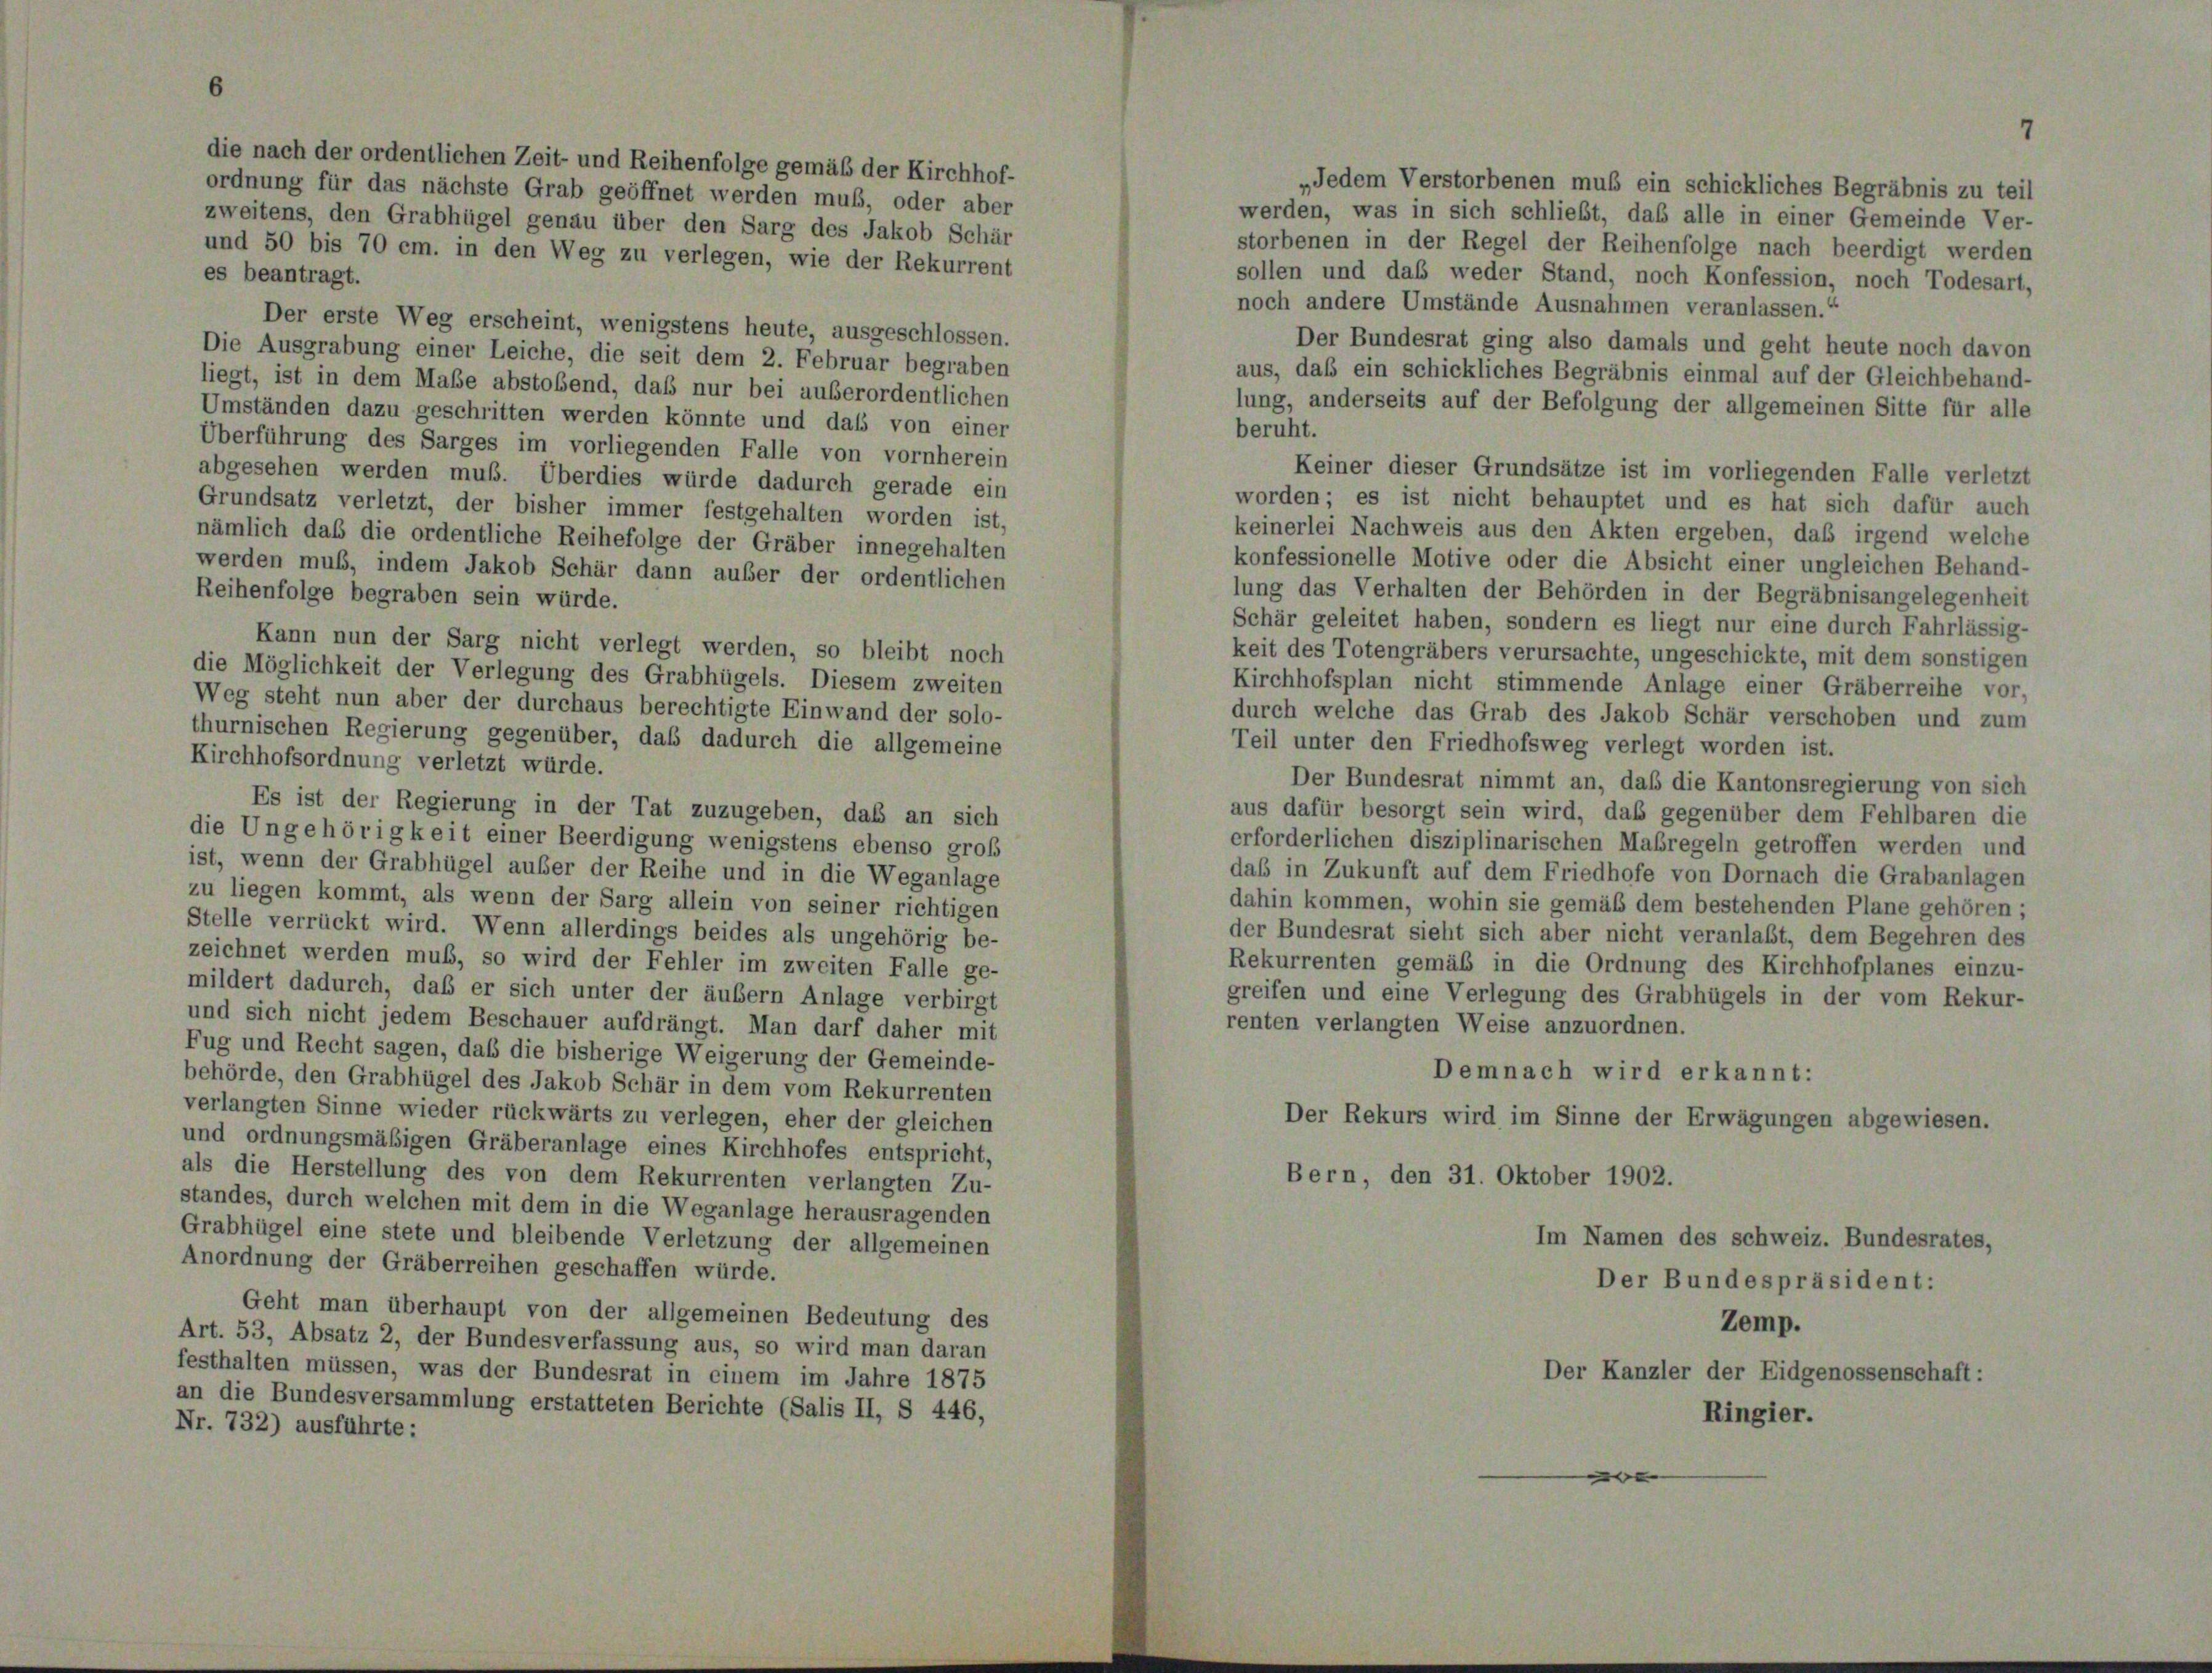
die nach der ordentlichen Zeit- und Reihenfolge gemäß der Kirchhof-
„Jedem Verstorbenen muß ein schickliches Begräbnis zu teil
ordnung für das nächste Grab geöffnet werden muß, oder aber
werden, was in sich schließt, das alle in einer Gemeinde Ver-
zweitens, den Grabhügel genau über den Sarg des Jakob Schär
storbenen in der Regel der Reihenfolge nach beerdigt werden
und 50 bis 70 cm. in den Weg zu verlegen, wie der Rekurrent
es beantragt.
sollen und daß weder Stand, noch Konfession, noch Todesart,
noch andere Umstände Ausnahmen veranlassen.“
Der erste Weg erscheint, wenigstens heute, ausgeschlossen.
Der Bundesrat ging also damals und geht heute noch davon
Die Ausgrabung einer Leiche, die seit dem 2. Februar begraben
aus, daß ein schickliches Begräbnis einmal auf der Gleichbehand-
liegt, ist in dem Maße abstobend, daß nur bei außerordentlichen
lung, anderseits auf der Befolgung der allgemeinen Sitte für alle
Umständen dazu geschritten werden könnte und daß von einer
beruht.
Überführung des Sarges im vorliegenden Falle von vornherein
Keiner dieser Grundsätze ist im vorliegenden Falle verletzt
abgesehen werden muß. Überdies würde dadurch gerade ein
worden; es ist nicht behauptet und es hat sich dafür auch
Grundsatz verletzt, der bisher immer festgehalten worden ist,
keinerlei Nachweis aus den Akten ergeben, daß irgend welche
nämlich das die ordentliche Reihefolge der Gräber innegehalten
konfessionelle Motive oder die Absicht einer ungleichen Behand-
werden muß, indem Jakob Schär dann außer der ordentlichen
lung das Verhalten der Behörden in der Begräbnisangelegenheit
Reihenfolge begraben sein würde.
Schär geleitet haben, sondern es liegt nur eine durch Fahrlässig-
Kann nun der Sarg nicht verlegt werden, so bleibt noch
keit des Totengräbers verursachte, ungeschickte, mit dem sonstigen
die Möglichkeit der Verlegung des Grabhügels. Diesem zweiten
Kirchhofsplan nicht stimmende Anlage einer Gräberreihe vor,
Weg steht nun aber der durchaus berechtigte Einwand der solo-
durch welche das Grab des Jakob Schär verschoben und zum
thurnischen Regierung gegenüber, daß dadurch die allgemeine
Teil unter den Friedhofsweg verlegt worden ist.
Kirchhofsordnung verletzt würde.
Der Bundesrat nimmt an, daß die Kantonsregierung von sich
Es ist der Regierung in der Tat zuzugeben, daß an sich
aus dafür besorgt sein wird, das gegenüber dem Fehlbaren die
die Ungehörigkeit einer Beerdigung wenigstens ebenso groß
erforderlichen disziplinarischen Maßregeln getroffen werden und
ist, wenn der Grabhügel außer der Reihe und in die Weganlage
das in Zukunft auf dem Friedhofe von Dornach die Grabanlagen
zu liegen kommt, als wenn der Sarg allein von seiner richtigen
dahin kommen, wohin sie gemäß dem bestehenden Plane gehören;
Stelle verrückt wird. Wenn allerdings beides als ungehörig be-
der Bundesrat sieht sich aber nicht veranlaßt, dem Begehren des
zeichnet werden muß, so wird der Fehler im zweiten Falle ge-
Rekurrenten gemäß in die Ordnung des Kirchhofplanes einzu-
mildert dadurch, daß er sich unter der äußern Anlage verbirgt
greifen und eine Verlegung des Grabhügels in der vom Rekur-
und sich nicht jedem Beschauer aufdrängt. Man darf daher mit
renten verlangten Weise anzuordnen.
Fug und Recht sagen, daß die bisherige Weigerung der Gemeinde-
Demnach wird erkannt:
behörde, den Grabhügel des Jakob Schär in dem vom Rekurrenten
verlangten Sinne wieder rückwärts zu verlegen, eher der gleichen
Der Rekurs wird im Sinne der Erwägungen abgewiesen.
und ordnungsmäßigen Gräberanlage eines Kirchhofes entspricht,
als die Herstellung des von dem Rekurrenten verlangten Zu-
Bern, den 31. Oktober 1902.
standes, durch welchen mit dem in die Weganlage herausragenden
Grabhügel eine stete und bleibende Verletzung der allgemeinen
Im Namen des schweiz. Bundesrates,
Anordnung der Gräberreihen geschaffen würde.
Der Bundespräsident:
Geht man überhaupt von der allgemeinen Bedeutung des
Zemp.
Art. 53, Absatz 2, der Bundesverfassung aus, so wird man daran
festhalten müssen, was der Bundesrat in einem im Jahre 1875
Der Kanzler der Eidgenossenschaft:
an die Bundesversammlung erstatteten Berichte (Salis II, § 446,
Ringier.
Nr. 732) ausführte: